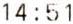
14:51